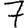
Digit: 7